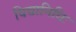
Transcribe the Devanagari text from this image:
विद्यानिधिः